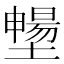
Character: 𡒮